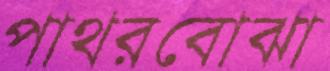
পাথরবোঝা